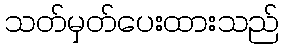
သတ်မှတ်ပေးထားသည်